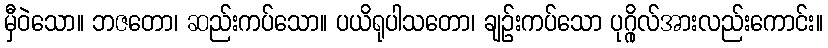
မှီဝဲသော။ ဘဇတော၊ ဆည်းကပ်သော။ ပယိရုပါသတော၊ ချဉ်းကပ်သော ပုဂ္ဂိုလ်အားလည်းကောင်း။